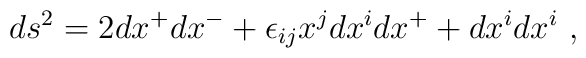
ds^2 = 2 dx^+ dx^- + \epsilon_{ij} x^j dx^i dx^+ + dx^i dx^i~,